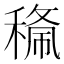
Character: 𱶝